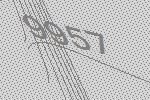
9957